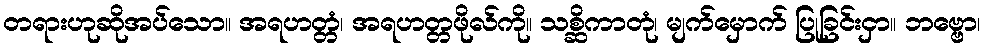
တရားဟုဆိုအပ်သော။ အရဟတ္တံ၊ အရဟတ္တဖိုလ်ကို။ သစ္ဆိကာတုံ၊ မျက်မှောက် ပြုခြင်းငှာ။ ဘဗ္ဗော၊